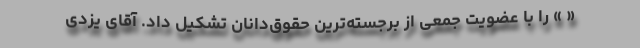
« » را با عضویت جمعی از برجسته‌ترین حقوق‌دانان تشکیل داد. آقای یزدی